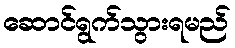
ဆောင်ရွက်သွားရမည်